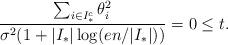
LaTeX: \begin{align*}\frac{\sum_{i\in I_*^c} \theta_i^2}{\sigma^2(1+|I_*|\log(en/|I_*|))}=0\le t .\end{align*}